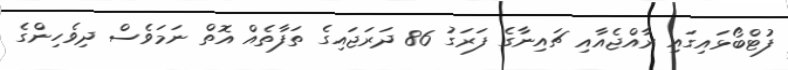
ފުޓްބޯޅައިގައި ރާއްޖެއާއި ޗައިނާގެ ފަރަގު 86 ދަރަޖައިގެ ތަފާތެއް އޮތް ނަމަވެސް ދިވެހިންގެ